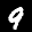
Label: 9